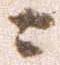
ニ